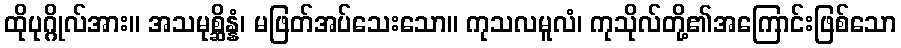
ထိုပုဂ္ဂိုလ်အား။ အသမုစ္ဆိန္နံ၊ မဖြတ်အပ်သေးသော။ ကုသလမူလံ၊ ကုသိုလ်တို့၏အကြောင်းဖြစ်သော